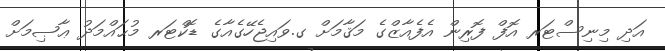
އަދި މިނިސްޓަރ އޮފް ފޮރިން އެފެއާޒްގެ މަޤާމަށް ގ.ވައިޖެހޭގެއާގެ ޑޮކްޓަރ މުޙައްމަދު ޢާޞިމަށް